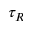
\tau _ { R }